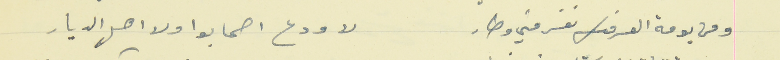
ومن يومة العرفك نفر مني وطار                                  لا ودع اصحابوا ولا اهل الديار